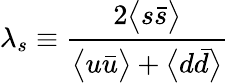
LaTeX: \lambda_{s}\equiv{\frac{2\bigl<s\bar{s}\bigr>}{\bigl<u\bar{u}\bigr>+\bigl<d\bar{d}\bigr>}}